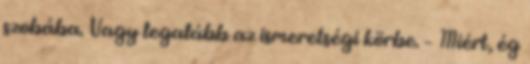
szobába. Vagy legalább az ismeretségi körbe. – Miért, ég